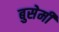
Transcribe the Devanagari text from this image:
बुसेमी